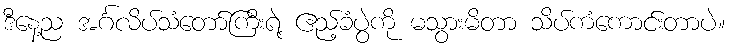
ဒီနေ့ည အင်္ဂလိပ်သံတော်ကြီးရဲ့ ဧည့်ခံပွဲကို မသွားမိတာ သိပ်ကံကောင်းတာပဲ။